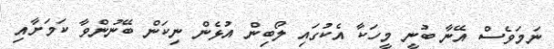
ނަމަވެސް އޭނާ ބުނީ މީހަކާ އެކުގައި ލޯބިން އުޅެން ނިކަން ބޭނުންވާ ކަމަށާއި